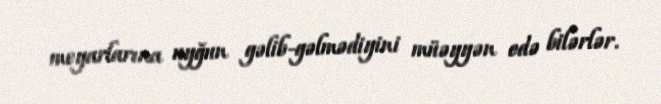
meyarlarına uyğun gəlib-gəlmədiyini müəyyən edə bilərlər.